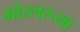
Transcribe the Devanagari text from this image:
गोस्लरच्या